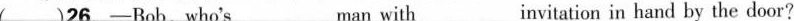
( )26.-Bob,who's_ man with_ invitation in hand by the door?